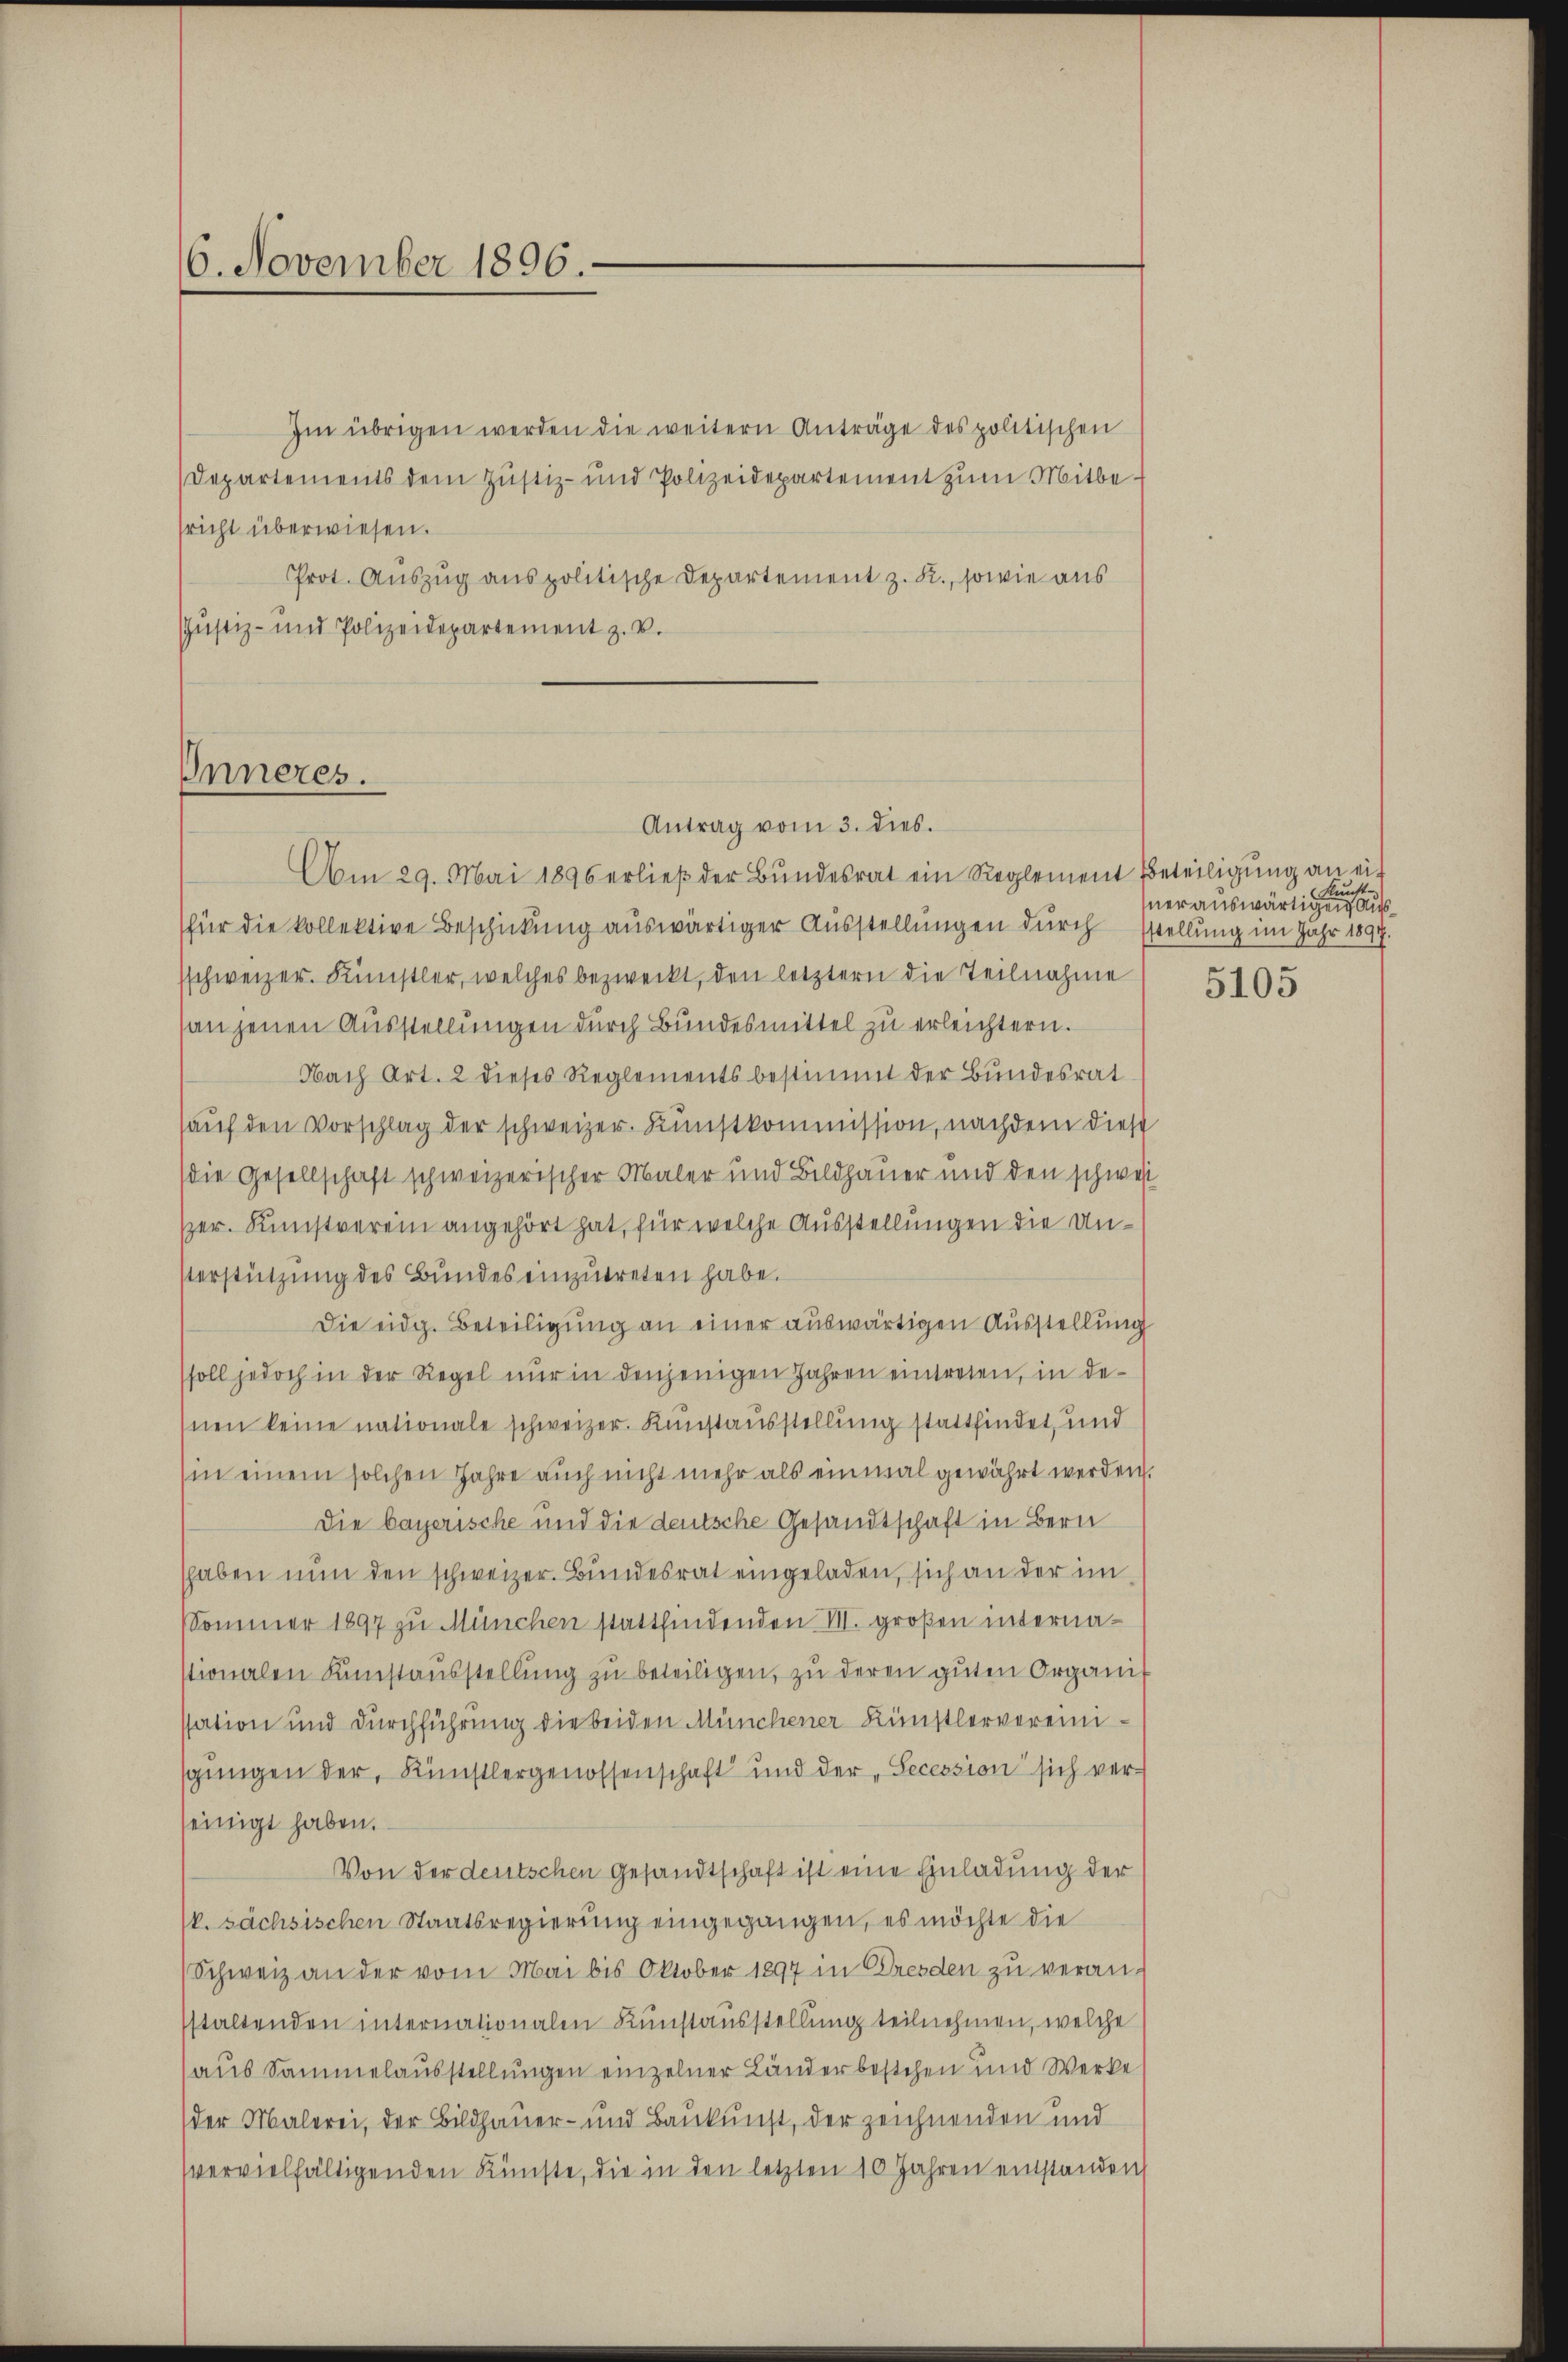
16. November 1896.

Im übrigen werden die weitern Anträge des politischen
Departements dem Justiz- und Polizeidepartement zum Mitbesricht überwiesen.
Prot. Auszug aus politische Departement z. R., sowie aus
Justiz- und Polizeidepartement z. v.

Inneres.

Antrag vom 3. dies

Am 29. Mai 1896 erließ der Bŭndesrat ein Reglement Beteiligŭng an eifür die kollektive Beschickung auswärtiger Ausstellungen durch
sschweizer. Künstler, welches bezweckt, den letztern die Teilnahme
an jenen Ausstellungen durch Bundesmittel zu erleichtern.
Nach Art. 2 dieses Reglements bestimmt der Bundesrat
aŭf den Vorschlag der schweizer. Kunstkommission, nachdem diese
die Gesellschaft schweizerischer Maler und Bildhauer und den schwei
er. Kunstverein angehört hat, für welche Ausstellungen die Unsterstützung des Bundes einzutreten habe.
Die eidg. Beteiligung an einer auswärtigen Ausstellung
soll jedoch in der Regel nur in denjenigen Jahren eintreten, in dehnen keine nationale schweizer. Kunstausstellung stattfindet, und
in einem solchen Jahre auch nicht mehr als einmal gewährt werden.
Die bayerische und die deutsche Gesandtschaft in Bern
shaben nun den schweizer. Bundesrat eingeladen, sich an der im
Sommer 1897 zu München stattfindenden VII. großen internastionalen Samstausstellung zu beteiligen, zu deren guten Organissation und Durchführung die beiden Münchener Künstlervereinisgungen der Künstlergenossenschaft und der „Secession sich ver-
seinigt haben.
Von der deutschen Gesandtschaft ist eine Einladung der
k. sächsischen Staatsregierung eingegangen, es möchte die
(Schweiz an der vom Mai bis Oktober 1897 in Dresden zu veran-
staltenden internationalen Kunstausstellung teilnehmen, welche
(aus Sammelausstellungen einzelner Länder bestehen und Werke
der Malerei, der Bildhauer- und Baukunst, der zeichnenden und
vervielfältigenden Künste, die in den letzten 10 Jahren entstanden

Kunst-
ner auswärtigen Ausstellung im Jahr 1897.

5105